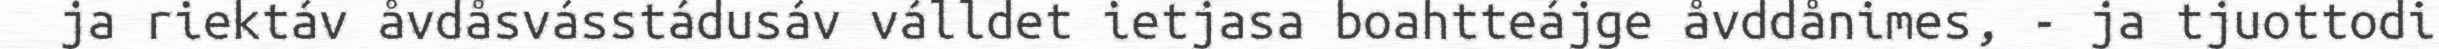
ja riektáv åvdåsvásstádusáv válldet ietjasa boahtteájge åvddånimes, - ja tjuottodi